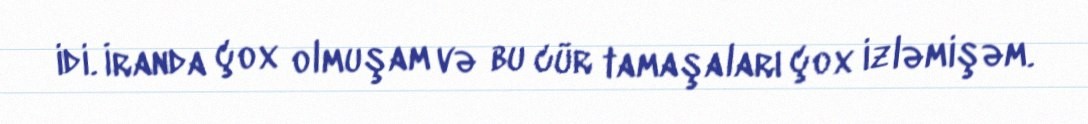
idi. İranda çox olmuşam və bu cür tamaşaları çox izləmişəm.